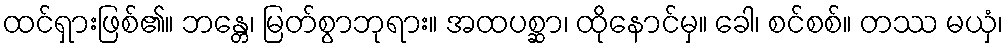
ထင်ရှားဖြစ်၏။ ဘန္တေ၊ မြတ်စွာဘုရား။ အထပစ္ဆာ၊ ထိုနောင်မှ။ ခေါ၊ စင်စစ်။ တဿ မယှံ၊